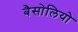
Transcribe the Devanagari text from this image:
बैसोलियो